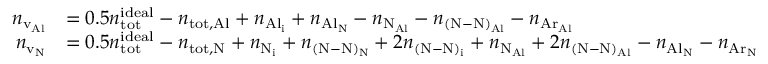
\begin{array} { r l } { n _ { \mathrm { v _ { A l } } } } & { = 0 . 5 n _ { \mathrm { t o t } } ^ { \mathrm { i d e a l } } - n _ { \mathrm { t o t , A l } } + n _ { \mathrm { A l _ { i } } } + n _ { \mathrm { A l _ { N } } } - n _ { \mathrm { N _ { A l } } } - n _ { \mathrm { ( N - N ) _ { A l } } } - n _ { \mathrm { A r _ { A l } } } } \\ { n _ { \mathrm { v _ { N } } } } & { = 0 . 5 n _ { \mathrm { t o t } } ^ { \mathrm { i d e a l } } - n _ { \mathrm { t o t , N } } + n _ { \mathrm { N _ { i } } } + n _ { \mathrm { ( N - N ) _ { N } } } + 2 n _ { \mathrm { ( N - N ) _ { i } } } + n _ { \mathrm { N _ { A l } } } + 2 n _ { \mathrm { ( N - N ) _ { A l } } } - n _ { \mathrm { A l _ { N } } } - n _ { \mathrm { A r _ { N } } } } \end{array}